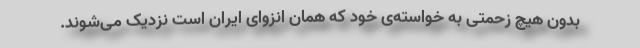
بدون هیچ زحمتی به خواسته‌ی خود که همان انزوای ایران است نزدیک می‌شوند.